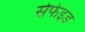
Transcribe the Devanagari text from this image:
सेफेइड